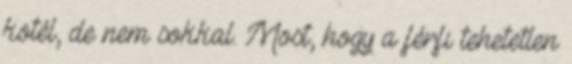
kötél, de nem sokkal. Most, hogy a férfi tehetetlen